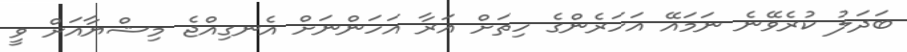
ބަދަލު ކުރެވޭނެ ނަމައޭ އަހަރެންގެ ހިތަށް އަރާ އަހަންނަށް އެނގިއްޖެ މިޝްޔާއަށް ވީ